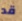
قد